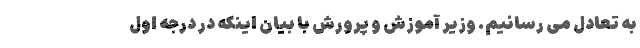
به تعادل می رسانیم. وزیر آموزش و پرورش با بیان اینکه در درجه اول